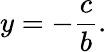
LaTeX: y=-{\frac{c}{b}}.